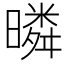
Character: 暽